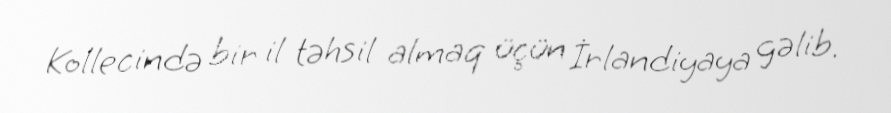
Kollecində bir il təhsil almaq üçün İrlandiyaya gəlib.